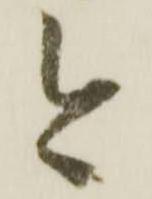
今